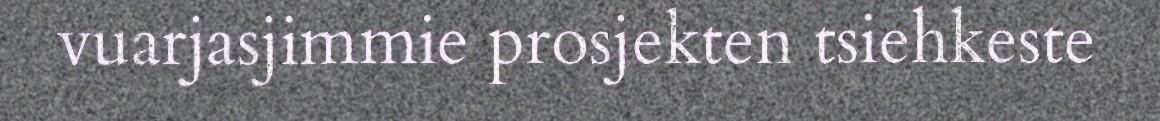
vuarjasjimmie prosjekten tsiehkeste